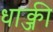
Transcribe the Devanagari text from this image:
धाक्जी